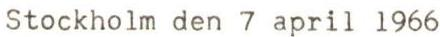
Stockholm den 7 april 1966